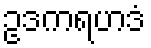
ဥဒကရဟဒံ